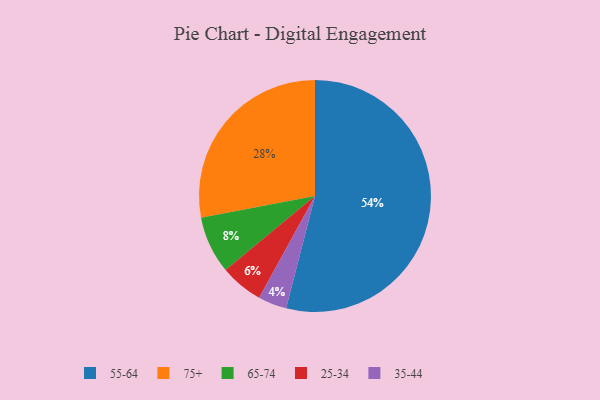
{"axis": {"x": "Category", "y": "Percentage"}, "legend": ["25-34", "35-44", "55-64", "65-74", "75+"], "data": [{"x": "25-34", "y": 6, "type": "25-34"}, {"x": "65-74", "y": 8, "type": "65-74"}, {"x": "75+", "y": 28, "type": "75+"}, {"x": "55-64", "y": 54, "type": "55-64"}, {"x": "35-44", "y": 4, "type": "35-44"}]}